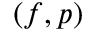
( f , p )